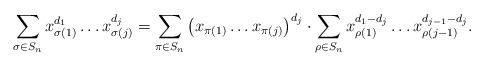
LaTeX: \begin{align*}\sum_{\sigma \in S_n} x_{\sigma(1)}^{d_1} \ldots x_{\sigma(j)}^{d_j} = \sum_{\pi \in S_n} \big(x_{\pi(1)} \ldots x_{\pi(j)}\big)^{d_j} \cdot \sum_{\rho \in S_n} x_{\rho(1)}^{d_1 - d_j} \ldots x_{\rho(j-1)}^{d_{j-1} - d_j}.\end{align*}